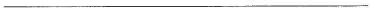
___